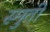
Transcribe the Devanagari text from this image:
स्मुती